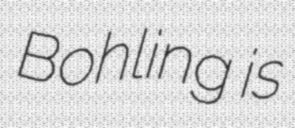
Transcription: Bohling is